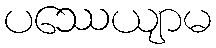
ပဿေယျာမ